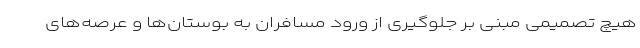
هیچ تصمیمی مبنی بر جلوگیری از ورود مسافران به بوستان‌ها و عرصه‌های